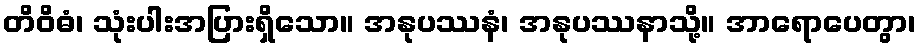
တိဝိဓံ၊ သုံးပါးအပြားရှိသော။ အနုပဿနံ၊ အနုပဿနာသို့။ အာရောပေတွာ၊